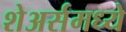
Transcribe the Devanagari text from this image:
शेअर्समध्ये